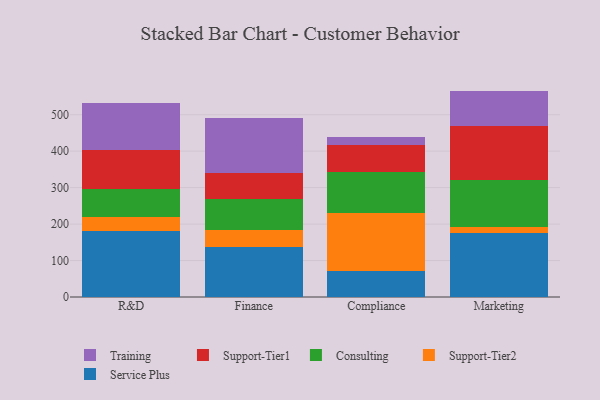
{"axis": {"x": "Department", "y": "Humidity (%)"}, "legend": ["Consulting", "Service Plus", "Support-Tier1", "Support-Tier2", "Training"], "data": [{"x": "R&D", "y": 179.7, "type": "Service Plus"}, {"x": "R&D", "y": 39.6, "type": "Support-Tier2"}, {"x": "R&D", "y": 77.3, "type": "Consulting"}, {"x": "R&D", "y": 107.1, "type": "Support-Tier1"}, {"x": "R&D", "y": 127.8, "type": "Training"}, {"x": "Finance", "y": 136.5, "type": "Service Plus"}, {"x": "Finance", "y": 46.1, "type": "Support-Tier2"}, {"x": "Finance", "y": 85.0, "type": "Consulting"}, {"x": "Finance", "y": 71.5, "type": "Support-Tier1"}, {"x": "Finance", "y": 151.9, "type": "Training"}, {"x": "Compliance", "y": 71.8, "type": "Service Plus"}, {"x": "Compliance", "y": 158.0, "type": "Support-Tier2"}, {"x": "Compliance", "y": 112.1, "type": "Consulting"}, {"x": "Compliance", "y": 74.7, "type": "Support-Tier1"}, {"x": "Compliance", "y": 21.8, "type": "Training"}, {"x": "Marketing", "y": 174.9, "type": "Service Plus"}, {"x": "Marketing", "y": 17.4, "type": "Support-Tier2"}, {"x": "Marketing", "y": 128.8, "type": "Consulting"}, {"x": "Marketing", "y": 148.7, "type": "Support-Tier1"}, {"x": "Marketing", "y": 95.6, "type": "Training"}]}